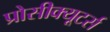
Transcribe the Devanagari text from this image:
प्रोसीक्यूटर्स